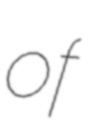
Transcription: of